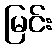
မြင်း